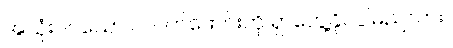
အသုံးဝင်သော ပလက်ဖောင်းကို ရှာတွေ့နိုင်ပါမည်လား။